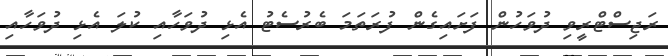
ރަޖިސްޓްރީވި ދުވަހުން ފަށައިގެން ފުރަތަމަ ބެރުސެޓު އެޅި ދުވަހާއި ކުލަ އެޅި ދުވަހާއި